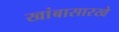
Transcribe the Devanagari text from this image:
खांबासारखे